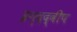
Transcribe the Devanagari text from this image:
इन्द्रद्वीप